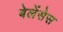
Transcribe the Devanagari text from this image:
बेलेंसेस